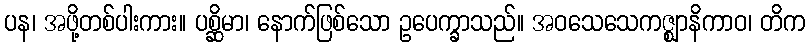
ပန၊ အဖို့တစ်ပါးကား။ ပစ္ဆိမာ၊ နောက်ဖြစ်သော ဥပေက္ခာသည်။ အဝသေသေကဇ္ဈာနိကာဝ၊ တိက